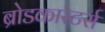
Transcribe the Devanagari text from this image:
ब्रोडकास्टर्स